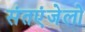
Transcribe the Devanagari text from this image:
संतएंजेलो